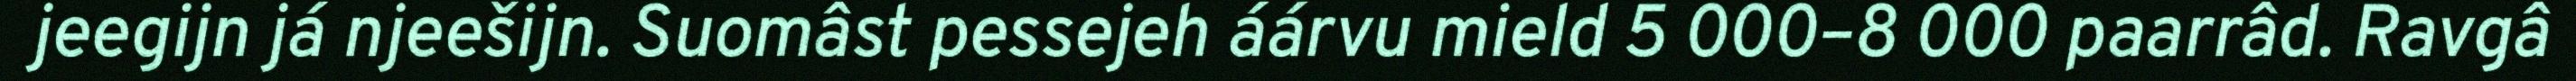
jeegijn já njeešijn. Suomâst pessejeh áárvu mield 5 000–8 000 paarrâd. Ravgâ